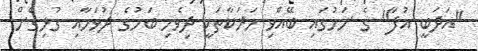
"އަދަބީ އުފާ" ގެ ނަމުގައި ބޭއްވި ހަރަކާތަކީ ދިވެހި ބަހުގެ ދުވަހާއި ގުޅިގެން